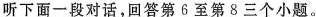
听下面一段对话,回答第6至第8三个小题.